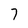
Character: 7